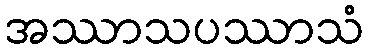
အဿာသပဿာသံ